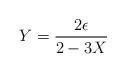
LaTeX: \begin{align*}Y = {2\epsilon \over 2 - 3 X} \end{align*}